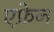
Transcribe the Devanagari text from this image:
एफ्रेन